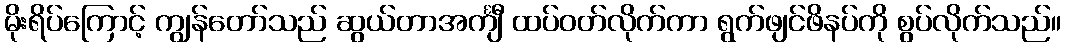
မိုးရိပ်ကြောင့် ကျွန်တော်သည် ဆွယ်တာအင်္ကျီ ထပ်ဝတ်လိုက်ကာ ရွက်ဖျင်ဖိနပ်ကို စွပ်လိုက်သည်။